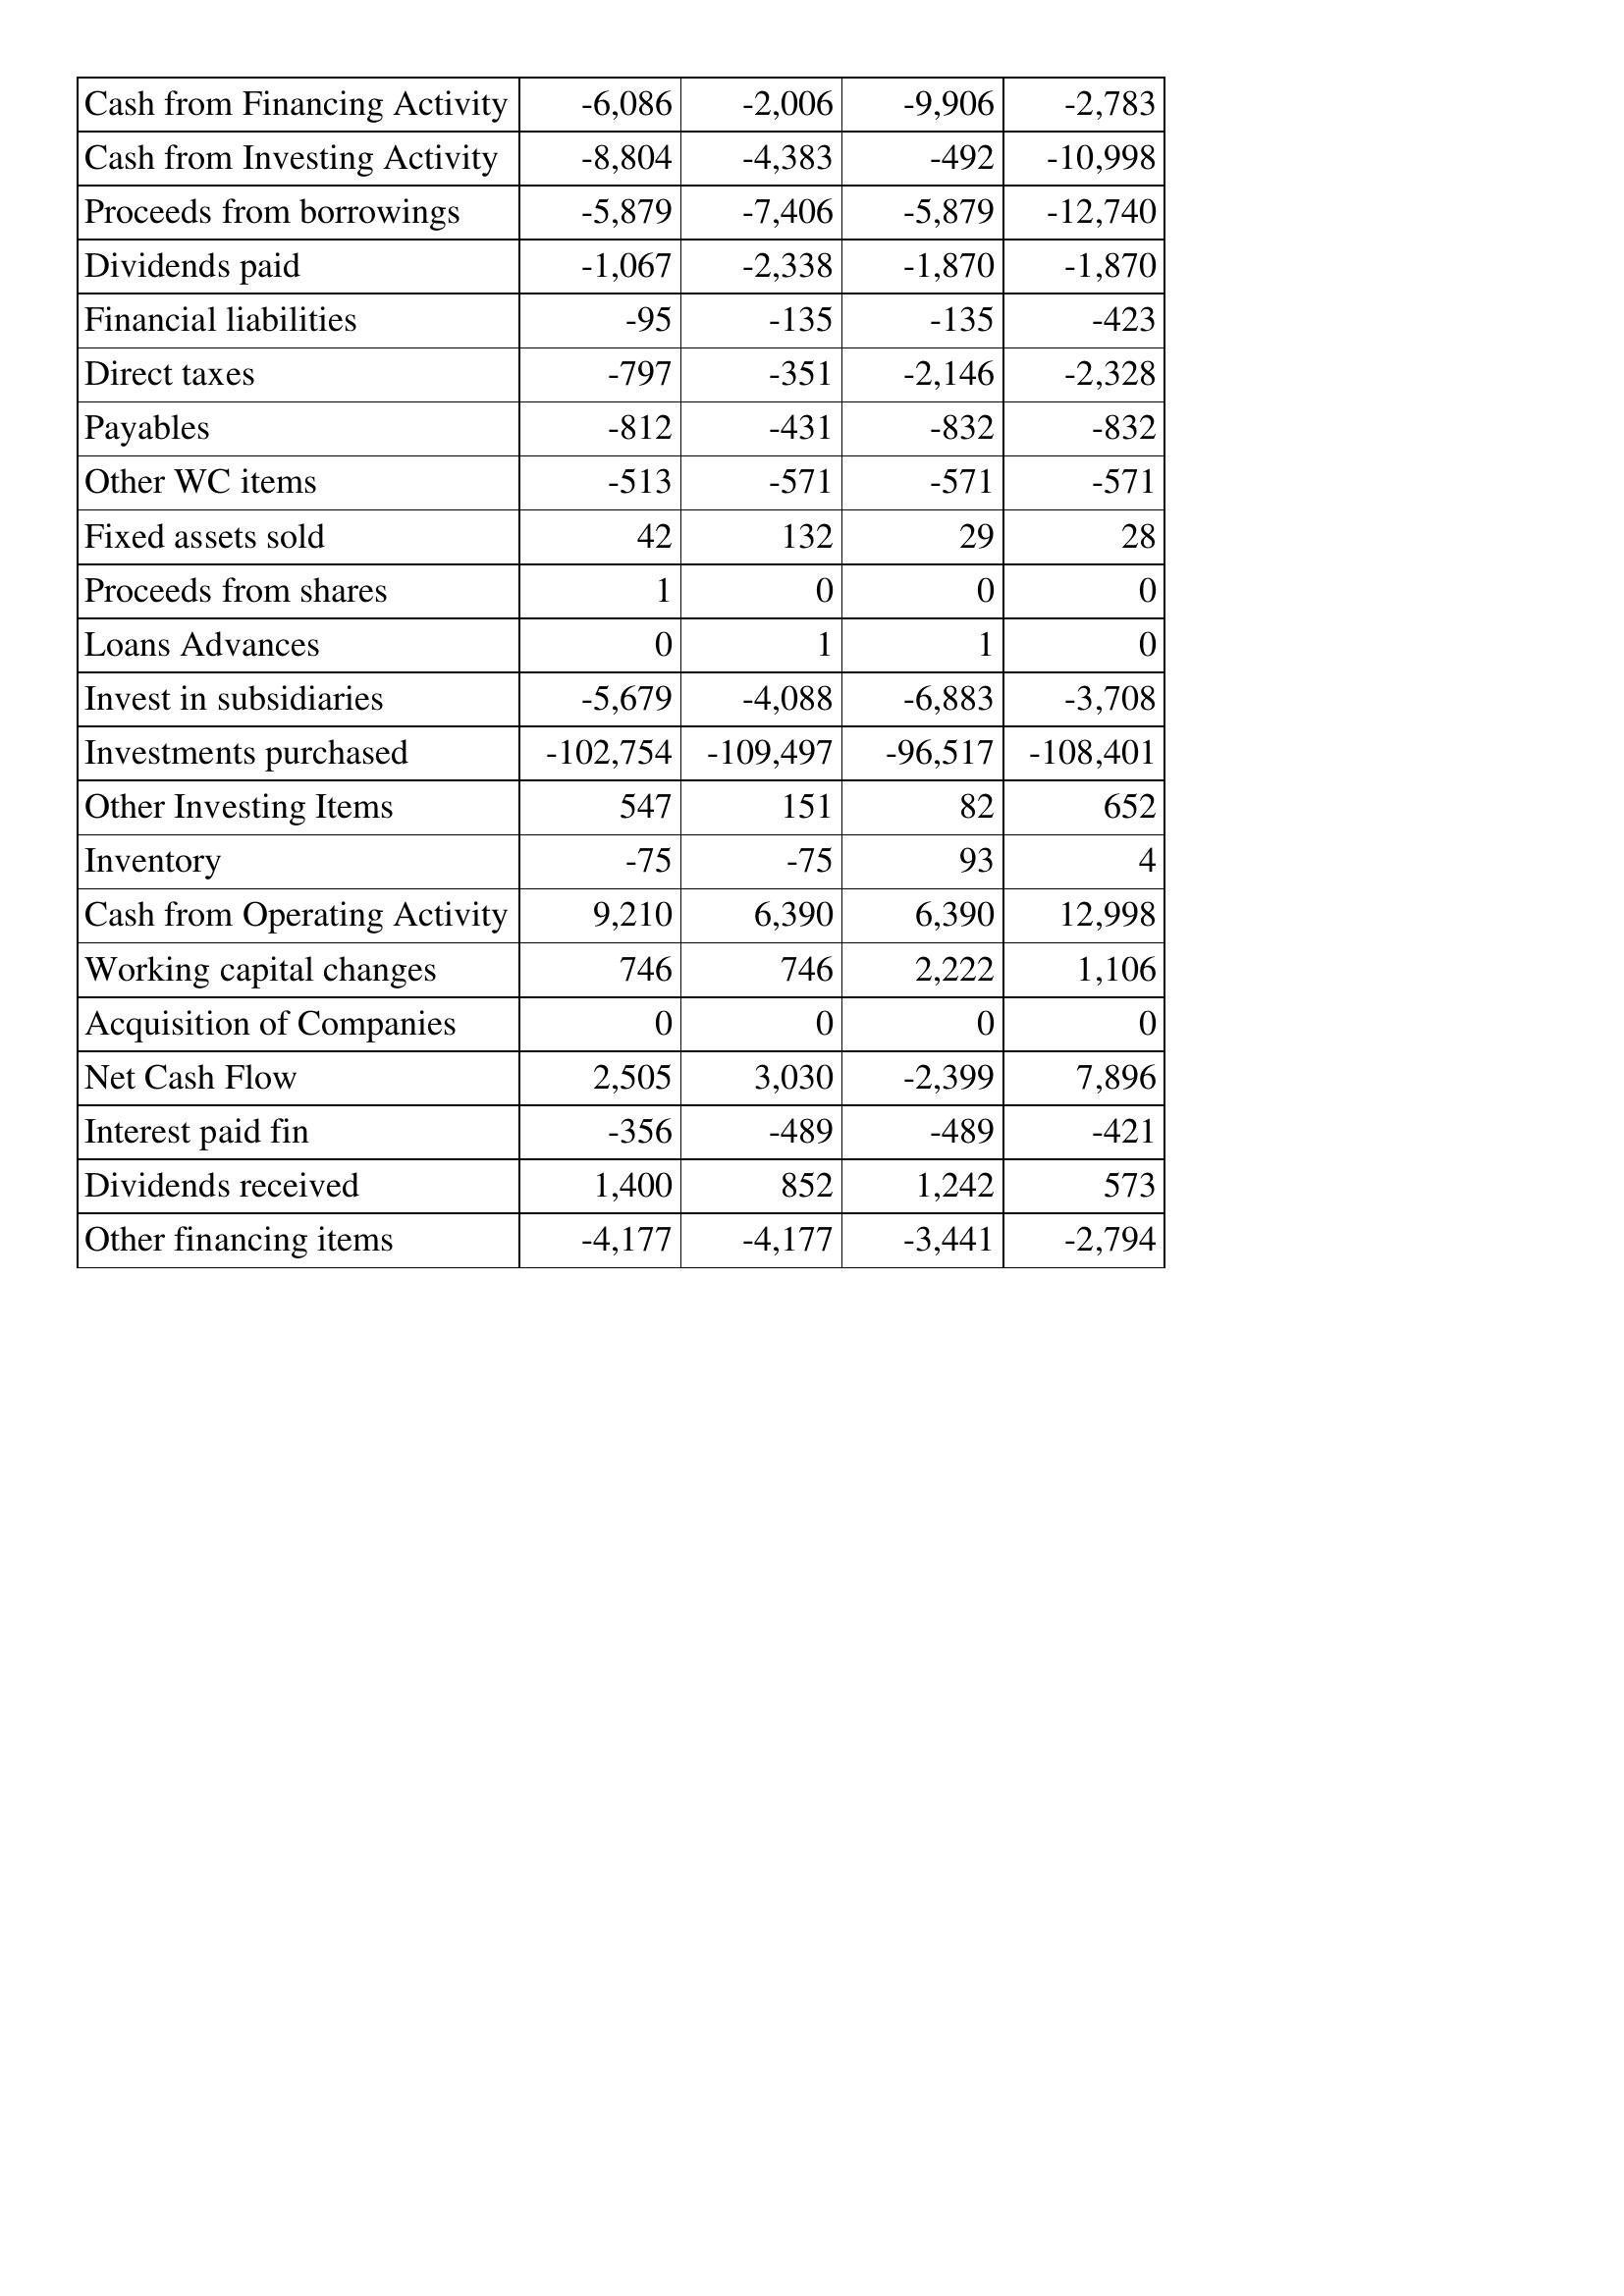
Oct-13: Cash Flows: Cash from Financing Activity: -6,086
Cash from Investing Activity: -8,804
Proceeds from borrowings: -5,879
Dividends paid: -1,067
Financial liabilities: -95
Direct taxes: -797
Payables: -812
Other WC items: -513
Fixed assets sold: 42
Proceeds from shares: 1
Loans Advances: 0
Invest in subsidiaries: -5,679
Investments purchased: -102,754
Other Investing Items: 547
Inventory: -75
Cash from Operating Activity: 9,210
Working capital changes: 746
Acquisition of Companies: 0
Net Cash Flow: 2,505
Interest paid fin: -356
Dividends received: 1,400
Other financing items: -4,177
Oct-14: Cash Flows: Cash from Financing Activity: -2,006
Cash from Investing Activity: -4,383
Proceeds from borrowings: -7,406
Dividends paid: -2,338
Financial liabilities: -135
Direct taxes: -351
Payables: -431
Other WC items: -571
Fixed assets sold: 132
Proceeds from shares: 0
Loans Advances: 1
Invest in subsidiaries: -4,088
Investments purchased: -109,497
Other Investing Items: 151
Inventory: -75
Cash from Operating Activity: 6,390
Working capital changes: 746
Acquisition of Companies: 0
Net Cash Flow: 3,030
Interest paid fin: -489
Dividends received: 852
Other financing items: -4,177
Oct-15: Cash Flows: Cash from Financing Activity: -9,906
Cash from Investing Activity: -492
Proceeds from borrowings: -5,879
Dividends paid: -1,870
Financial liabilities: -135
Direct taxes: -2,146
Payables: -832
Other WC items: -571
Fixed assets sold: 29
Proceeds from shares: 0
Loans Advances: 1
Invest in subsidiaries: -6,883
Investments purchased: -96,517
Other Investing Items: 82
Inventory: 93
Cash from Operating Activity: 6,390
Working capital changes: 2,222
Acquisition of Companies: 0
Net Cash Flow: -2,399
Interest paid fin: -489
Dividends received: 1,242
Other financing items: -3,441
Oct-16: Cash Flows: Cash from Financing Activity: -2,783
Cash from Investing Activity: -10,998
Proceeds from borrowings: -12,740
Dividends paid: -1,870
Financial liabilities: -423
Direct taxes: -2,328
Payables: -832
Other WC items: -571
Fixed assets sold: 28
Proceeds from shares: 0
Loans Advances: 0
Invest in subsidiaries: -3,708
Investments purchased: -108,401
Other Investing Items: 652
Inventory: 4
Cash from Operating Activity: 12,998
Working capital changes: 1,106
Acquisition of Companies: 0
Net Cash Flow: 7,896
Interest paid fin: -421
Dividends received: 573
Other financing items: -2,794